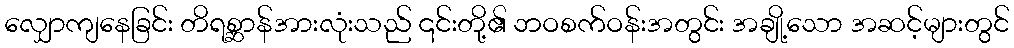
လျှောကျနေခြင်း တိရစ္ဆာန်အားလုံးသည် ၎င်းတို့၏ ဘဝစက်ဝန်းအတွင်း အချို့သော အဆင့်များတွင်